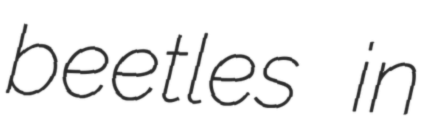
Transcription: beetles in